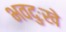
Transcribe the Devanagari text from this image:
भवदुःखे